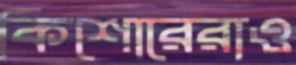
কিশোরেরাও